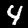
Label: 4